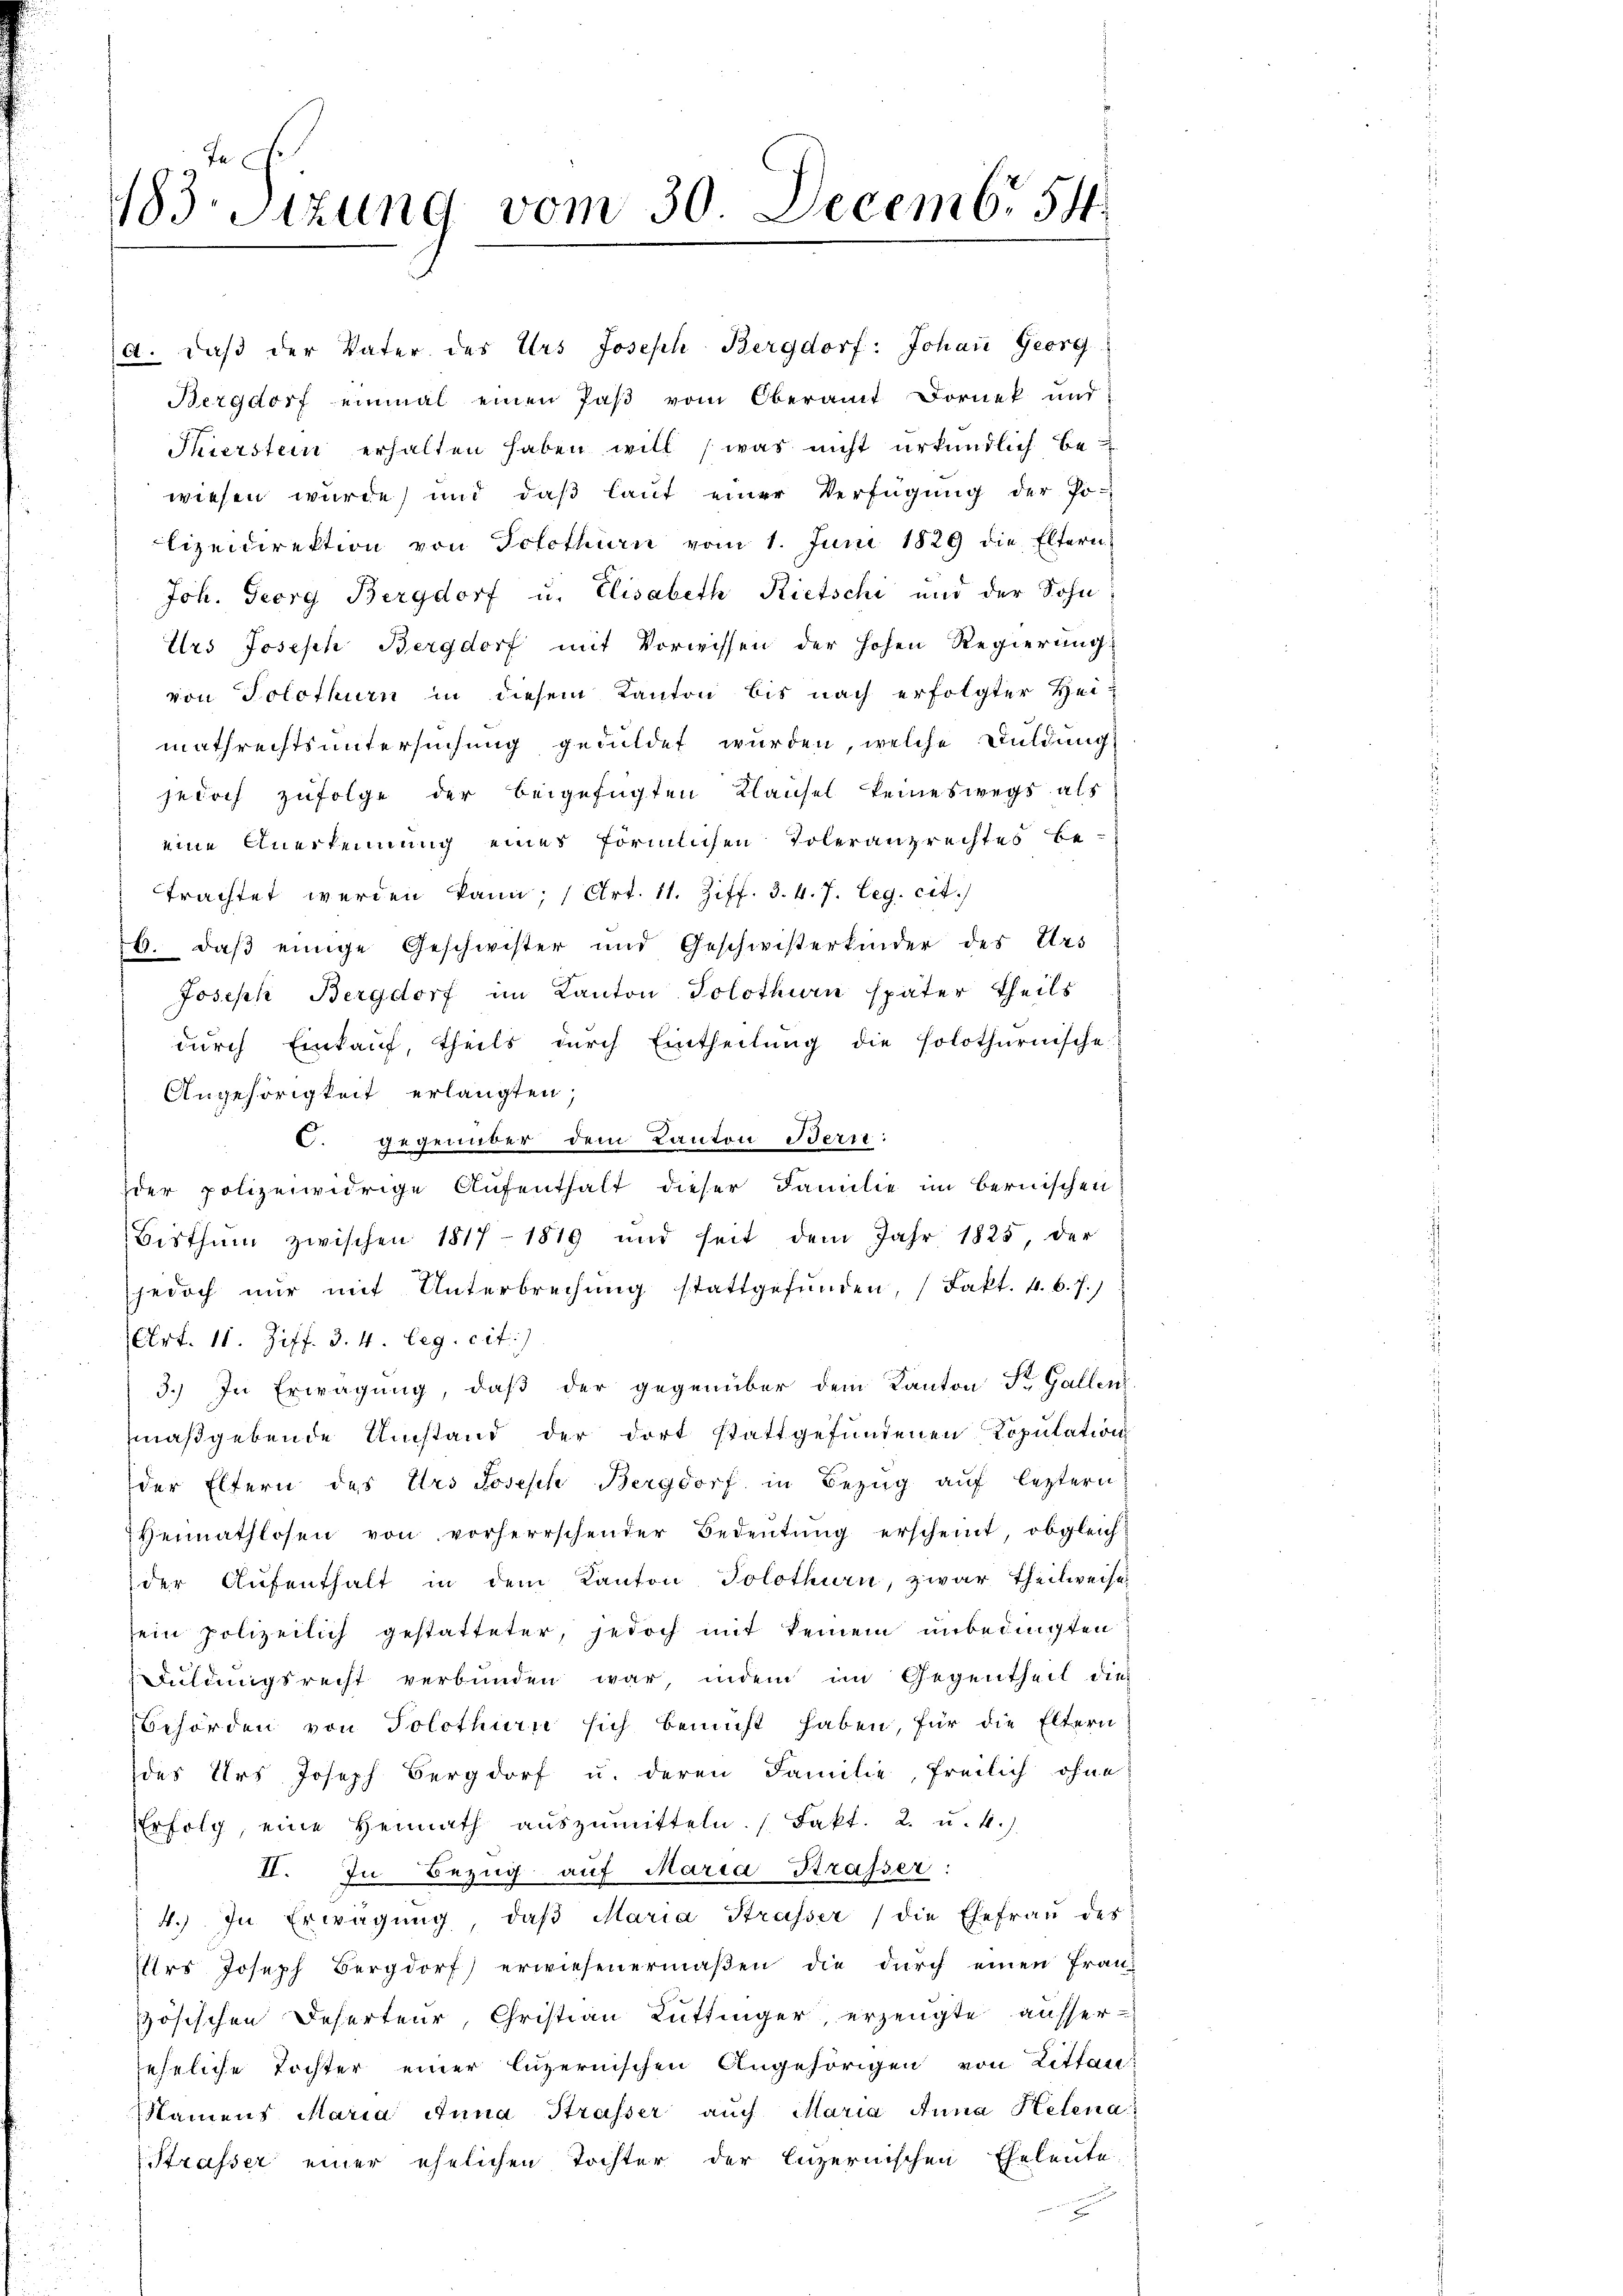
1183. Sitzung vom 30. Decemb. 54

a. daβ der Vater des Urs Joseph Bergdorf: Johaṅ Georg
Bergdorf einmal einen Paß vom Oberamt Dornek und
Thierstein erhalten haben will (was nicht urkundlich bewiesen wurde, und daß laut einer Verfügung der Po-
lizeidirektion von Solothurn vom 1. Juni 1829 die Eltern
Joh. Georg Bergdorf u. Elisabeth Rietschi und der Sohn
Urs Joseph Bergdorf mit Vorwissen der hohen Regierung
von Solothurn in diesem Kanton bis nach erfolgter Hei-
mathrechtsuntersuchung geduldet wurden, welche Duldung
jedoch zufolge der beigefügten Klausel keineswegs als
eine Anerkennung eines förmlichen Toleranzrechtes be
trachtet werden kann, (Art. 11. Ziff. 3.4.7. Leg. cit.
6. daß einige Geschwister und Geschwisterkinder des Urs
Joseph Bergdorf im Kanton Solothurn später theils
durch Einkauf, theils durch Eintheilung die solothurnische
Angehörigkeit erlangten,
. gegenüber dem Kanton Terri:
der polizeiwidrige Aufenthalt dieser Familie im Bernischen
Bisthum zwischen 1817 1819 und seit dem Jahr 1825, der
jedoch nŭr mit Unterbrechŭng stattgefŭnden, (Fakt. 4. b. f.)
(Art. 11. Ziff. 3. 4. Leg. cit.)
3.) In Erwägung, daß der gegenüber dem Kanton St. Gallen
maßgebende Umstand der dort stattgefundenen Population
der Eltern des Urs Joseph Bergdorf in Bezug auf leztern
Heimathlosen von vorherrschender Bedeutung erscheint, obgleich
der Aŭfenthalt in dem Kanton Solothurn, zwar theilweises
sein polizeilich gestatteter, jedoch mit keinem unbedingten
Duldungsrecht verbunden war, indem im Gegentheil dies
Behörden von Solothurn sich bemüht haben, für die Eltern
des Urs Joseph Sergdorf u. deren Familie, freilich ohne
Erfolg, eine Heimath aŭszŭmitteln. (Fakt. 2. u. 4.)
II. In Bezug auf Maria Strasser:
4.) In Erwägung, daβ Maria Strasser) die Ehefrau des
rs Joseph Bergdorf erwiesenermaβen die dŭrch einen fran-
zösischen Deserteur, Christian Rüttinger, erzeugte ausser-
eheliche Tochter einer luzernischen Angehörigen von Littan
Namens Maria Anna Strasser auch Maria Anna Helena
Strasser einer ehelichen Tochter der Luzernischen Eheleute